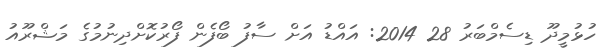
ހުޅުމީދޫ ޑިސެމްބަރު 28 2014: އައްޑު އަށް ސާފު ބޯފެން ފޯރުކޮށްދިނުމުގެ މަޝްރޫއު